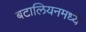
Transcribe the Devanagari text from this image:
बटालियनमध्ये